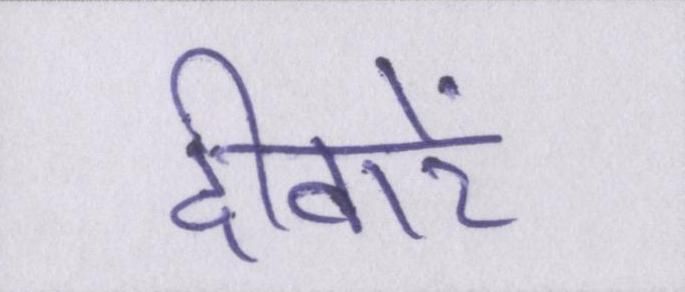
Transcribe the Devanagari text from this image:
दीवारें